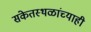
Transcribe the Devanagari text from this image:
संकेतस्थळांच्याही